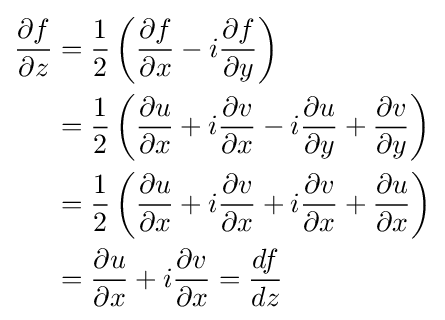
{\begin{aligned}{\frac {\partial f}{\partial z}}&={\frac {1}{2}}\left({\frac {\partial f}{\partial x}}-i{\frac {\partial f}{\partial y}}\right)\\&={\frac {1}{2}}\left({\frac {\partial u}{\partial x}}+i{\frac {\partial v}{\partial x}}-i{\frac {\partial u}{\partial y}}+{\frac {\partial v}{\partial y}}\right)\\&={\frac {1}{2}}\left({\frac {\partial u}{\partial x}}+i{\frac {\partial v}{\partial x}}+i{\frac {\partial v}{\partial x}}+{\frac {\partial u}{\partial x}}\right)\\&={\frac {\partial u}{\partial x}}+i{\frac {\partial v}{\partial x}}={\frac {df}{dz}}\end{aligned}}